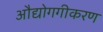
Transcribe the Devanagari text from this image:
औद्योगगीकरण